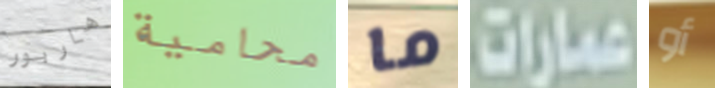
هاربور محامية ما عمارات أو